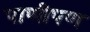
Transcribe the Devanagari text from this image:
पाणीपण